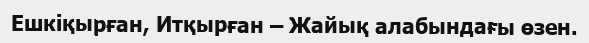
Ешкіқырған, Итқырған – Жайық алабындағы өзен.